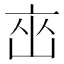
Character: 𬽋